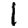
Digit: 1